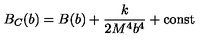
B _ { C } ( b ) = B ( b ) + \frac { k } { 2 M ^ { 4 } b ^ { 4 } } + \mathrm { c o n s t }